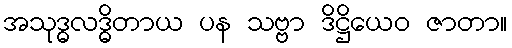
အသုဒ္ဓလဒ္ဓိတာယ ပန သဗ္ဗာ ဒိဋ္ဌိယေဝ ဇာတာ။